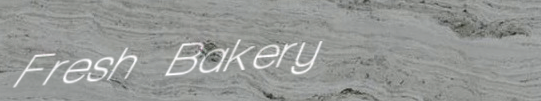
Fresh Bakery